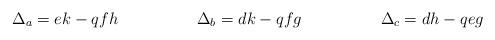
LaTeX: \begin{align*}\Delta_a = ek - q fh \hskip 2cm \Delta_b = dk - q fg \hskip 2cm\Delta_c = dh - q eg\end{align*}